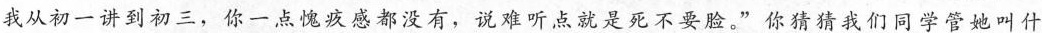
我从初一讲到初三，你一点愧疚感都没有，说难听点就是死不要脸。”你猜猜我们同学管她叫什